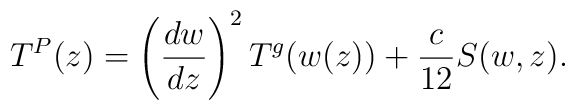
T^{P}(z)=\left( \frac{dw}{dz}\right) ^{2}T^{g}(w(z))+\frac{c}{12}S(w,z).